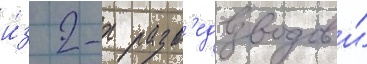
и́з 2-х разв'едвзводов и́